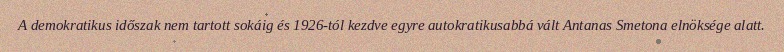
A demokratikus időszak nem tartott sokáig és 1926-tól kezdve egyre autokratikusabbá vált Antanas Smetona elnöksége alatt.